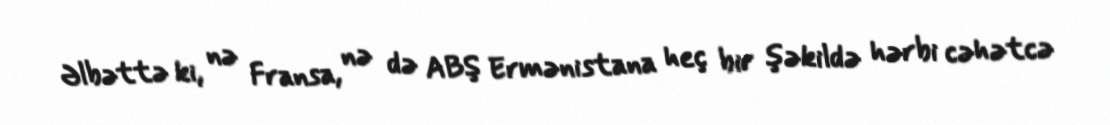
Əlbəttə ki, nə Fransa, nə də ABŞ Ermənistana heç bir şəkildə hərbi cəhətcə